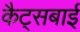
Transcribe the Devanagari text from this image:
कैट्सबाई